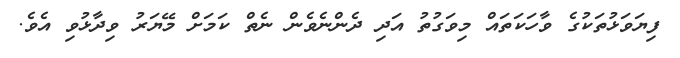
ފިޔަވަޅުތަކުގެ ވާހަކަތައް މިވަގުތު އަދި ދެންނެވެން ނެތް ކަމަށް މޭޔަރު ވިދާޅުވި އެވެ.